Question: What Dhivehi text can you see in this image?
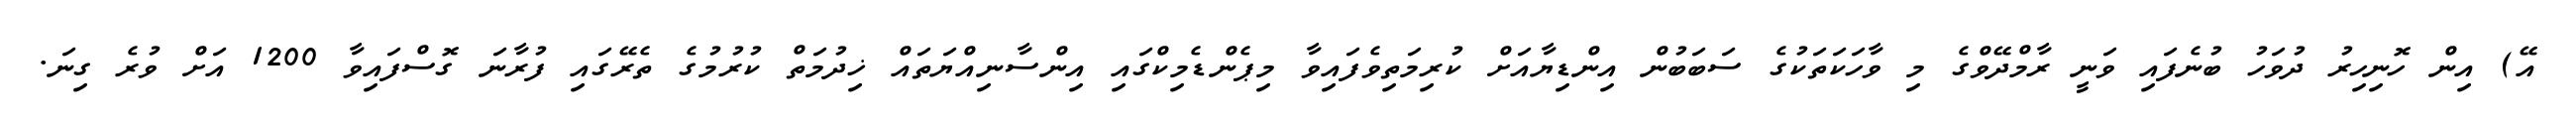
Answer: އޭ) އިން ހޮނިހިރު ދުވަހު ބުނެފައި ވަނީ ރާމްދޭވްގެ މި ވާހަކަތަކުގެ ސަބަބުން އިންޑިޔާއަށް ކުރިމަތިވެފައިވާ މިޕެންޑެމިކްގައި އިންސާނިއްޔަތައް ޚިދުމަތް ކުރުމުގެ ތެރޭގައި ފުރާނަ ގޮސްފައިވާ 1200 އަށް ވުރެ ގިނަ.